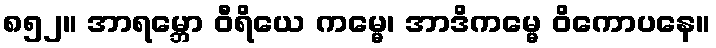
၈၅၂။ အာရမ္ဘော ဝီရိယေ ကမ္မေ၊ အာဒိကမ္မေ ဝိကောပနေ။